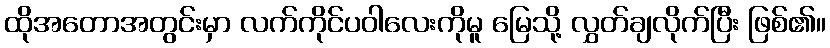
ထိုအတောအတွင်းမှာ လက်ကိုင်ပဝါလေးကိုမူ မြေသို့ လွှတ်ချလိုက်ပြီး ဖြစ်၏။